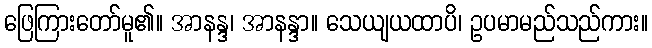
ဖြေကြားတော်မူ၏။ အာနန္ဒ၊ အာနန္ဒာ။ သေယျယထာပိ၊ ဥပမာမည်သည်ကား။